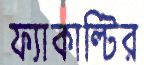
ফ্যাকাল্টির